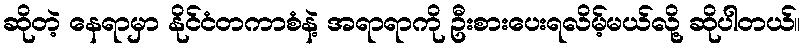
ဆိုတဲ့ နေရာမှာ နိုင်ငံတကာစံနဲ့ အရာရာကို ဦးစားပေးရလိမ့်မယ်လို့ ဆိုပါတယ်။